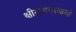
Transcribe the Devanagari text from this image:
क्षीरसागरवासी